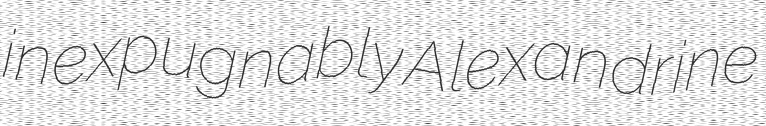
inexpugnably Alexandrine